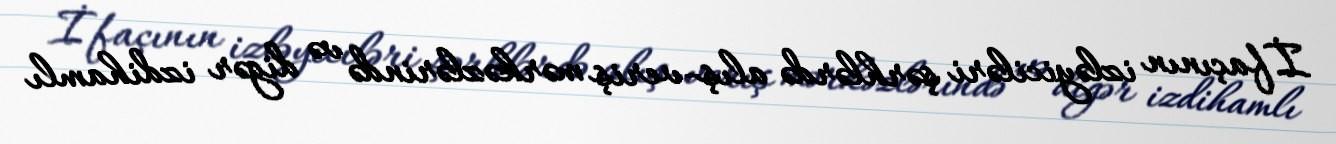
İfaçının izləyiciləri şərhlərdə alış-veriş mərkəzlərində və digər izdihamlı